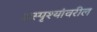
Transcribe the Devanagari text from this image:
अस्पृश्यांवरील